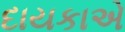
દાયકાએ